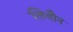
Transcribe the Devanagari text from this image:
लियौन